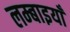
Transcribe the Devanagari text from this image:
लम्बाइयाँ